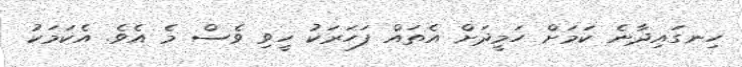
ހިނގައިދާނެ ކަމަށް ހަމީދަށް އެތައް ފަހަރަކު ހީވި ވެސް މެ އެވެ. އެކަމަކު